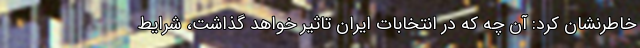
خاطرنشان کرد: آن چه که در انتخابات ایران تاثیر خواهد گذاشت، شرایط